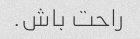
راحت باش.